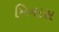
મિનાસ